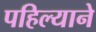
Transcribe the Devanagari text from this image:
पहिल्याने